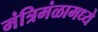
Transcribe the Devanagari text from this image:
मंत्रिमंळामध्ये